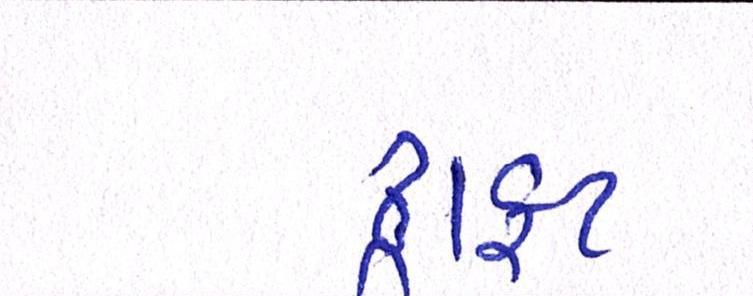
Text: ડ્રાફ્ટ